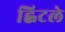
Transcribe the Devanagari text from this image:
ह्विटले